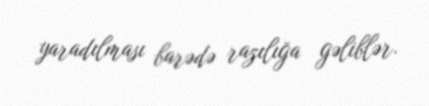
yaradılması barədə razılığa gəliblər.